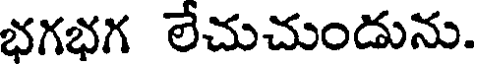
భగభగ లేచుచుండును.